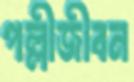
পল্লীজীবন